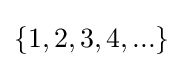
\{1,2,3,4,...\}